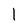
Character: 1